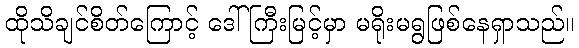
ထိုသိချင်စိတ်ကြောင့် ဒေါ်ကြီးမြင့်မှာ မရိုးမရွဖြစ်နေရှာသည်။